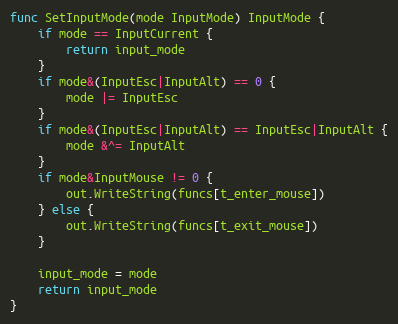
Language: Go
func SetInputMode(mode InputMode) InputMode {
	if mode == InputCurrent {
		return input_mode
	}
	if mode&(InputEsc|InputAlt) == 0 {
		mode |= InputEsc
	}
	if mode&(InputEsc|InputAlt) == InputEsc|InputAlt {
		mode &^= InputAlt
	}
	if mode&InputMouse != 0 {
		out.WriteString(funcs[t_enter_mouse])
	} else {
		out.WriteString(funcs[t_exit_mouse])
	}

	input_mode = mode
	return input_mode
}